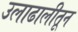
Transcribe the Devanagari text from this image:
उलाढालीतून